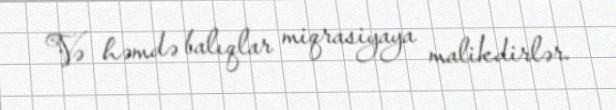
Və həmdə balıqlar miqrasiyaya malikdirlər.